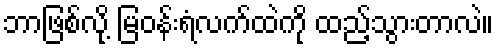
ဘာဖြစ်လို့ မြဝန်းရံလက်ထဲကို ထည့်သွားတာလဲ။